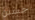
جستن